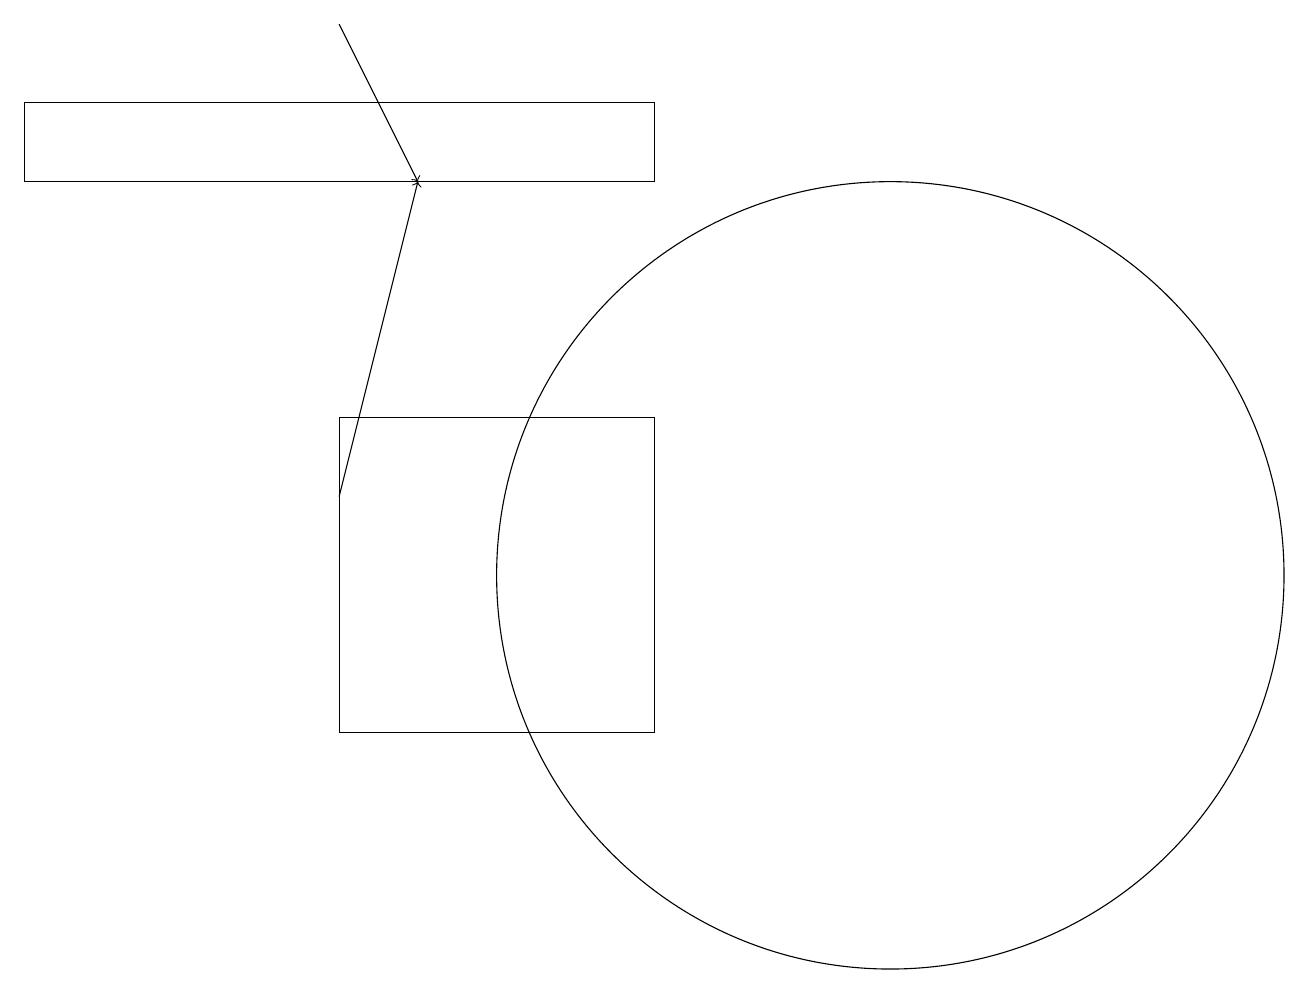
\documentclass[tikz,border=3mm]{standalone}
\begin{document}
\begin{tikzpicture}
\draw (4,14) rectangle (8,10);
\draw[->] (4,19) -- (5,17);
\draw (8,18) rectangle (0,17);
\draw[->] (4,13) -- (5,17);
\draw (11,12) circle (5);
\draw (8,12) rectangle (8,13);
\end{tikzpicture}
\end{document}